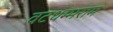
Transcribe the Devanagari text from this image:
वटधम्मराम